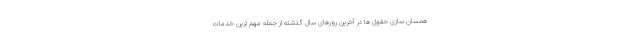
همسان سازی حقوق ها در آخرین روزهای سال گذشته از جمله مهم ترین خدمات